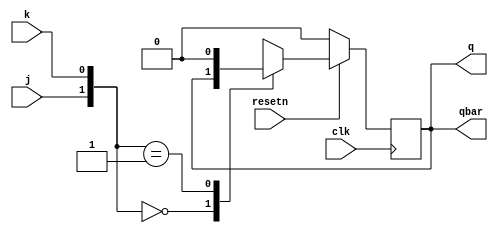
module try (input j,k, clk,resetn,output reg q, output qbar);

assign qbar = q;

always@( posedge clk)
begin
if(!resetn)
q<=1'b0;
else
begin
case({j,k})
00: q <= q;
01: q <= 1'b0;
10: q <= 1'b1;
11: q <= qbar;
default: q <= 1'bx;
endcase
end
end
endmodule